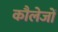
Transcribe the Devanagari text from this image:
कौलेजों